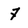
Character: 7